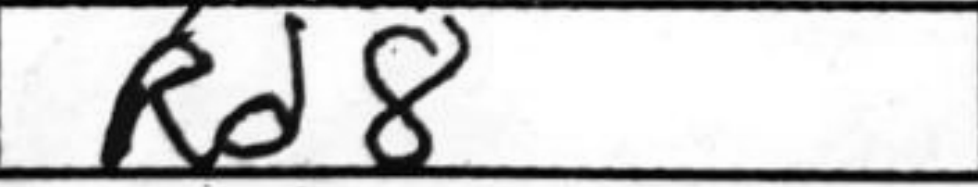
Transcription: Rd8